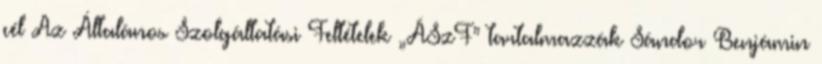
cél Az Általános Szolgáltatási Feltételek „ÁSzF” tartalmazzák Sándor Benjámin